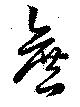
遮